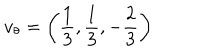
v _ { \theta } = \left( \frac { 1 } { 3 } , \frac { 1 } { 3 } , - \frac { 2 } { 3 } \right)